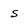
Character: S